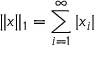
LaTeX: \| x \| _ { 1 } = \sum _ { i = 1 } ^ { \infty } | x _ { i } |